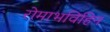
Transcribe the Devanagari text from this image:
रोमाभविहिन